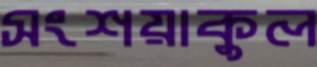
সংশয়াকুল